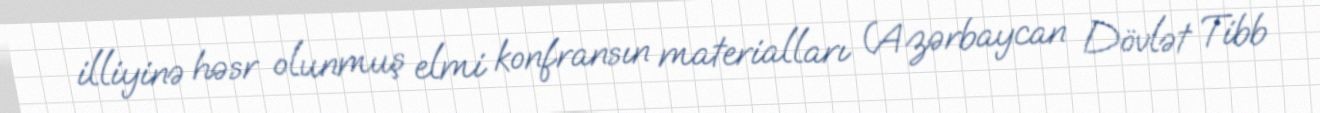
illiyinə həsr olunmuş elmi konfransın materialları (Azərbaycan Dövlət Tibb